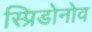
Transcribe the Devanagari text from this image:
स्प्रिडोनोव